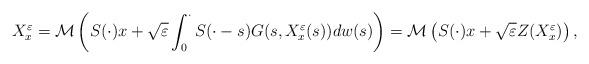
LaTeX: \begin{align*}X_{x}^{\varepsilon }=\mathcal{M}\left( S(\cdot )x+\sqrt{{\varepsilon }}\int_{0}^{\cdot }S(\cdot -s)G(s,X_{x}^{\varepsilon }(s))dw(s)\right) =\mathcal{M}\left( S(\cdot )x+\sqrt{{\varepsilon }}Z(X_{x}^{\varepsilon})\right), \end{align*}